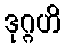
ဒုဂ္ဂဟိ